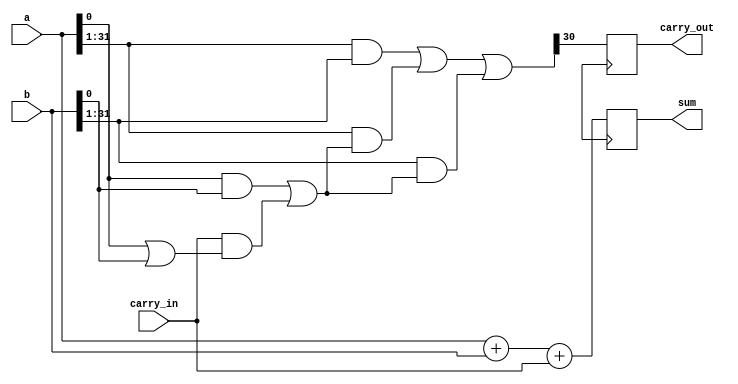
module carry_skip_adder (
    input [31:0] a,
    input [31:0] b,
    input carry_in,
    output reg [31:0] sum,
    output reg carry_out
);

reg [31:0] sum_temp;
reg [31:0] carry_temp;

always @* begin
    sum_temp = a + b + carry_in;
    carry_temp[0] = (a[0] & b[0]) | (carry_in & (a[0] | b[0]));
    carry_temp[1:31] = (a[1:31] & b[1:31]) | (a[1:31] & carry_temp[0]) | (b[1:31] & carry_temp[0]);
end

always @(posedge clk) begin
    sum <= sum_temp;
    carry_out <= carry_temp[31];
end

endmodule